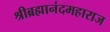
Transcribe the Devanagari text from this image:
श्रीब्रह्मानंदमहाराज